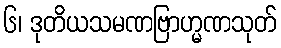
၆၊ ဒုတိယသမဏဗြာဟ္မဏသုတ်